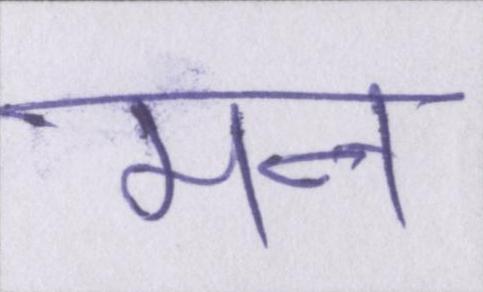
मन